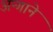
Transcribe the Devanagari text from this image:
अन्गाने